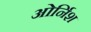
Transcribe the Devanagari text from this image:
ओर्निश